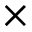
\times